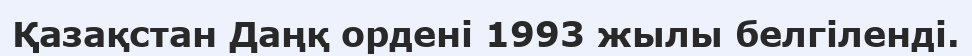
Қазақстан Даңқ ордені 1993 жылы белгіленді.